King Institute of Preventive Medicine Micro-Biological Section reports 1909-11
Year: 1909
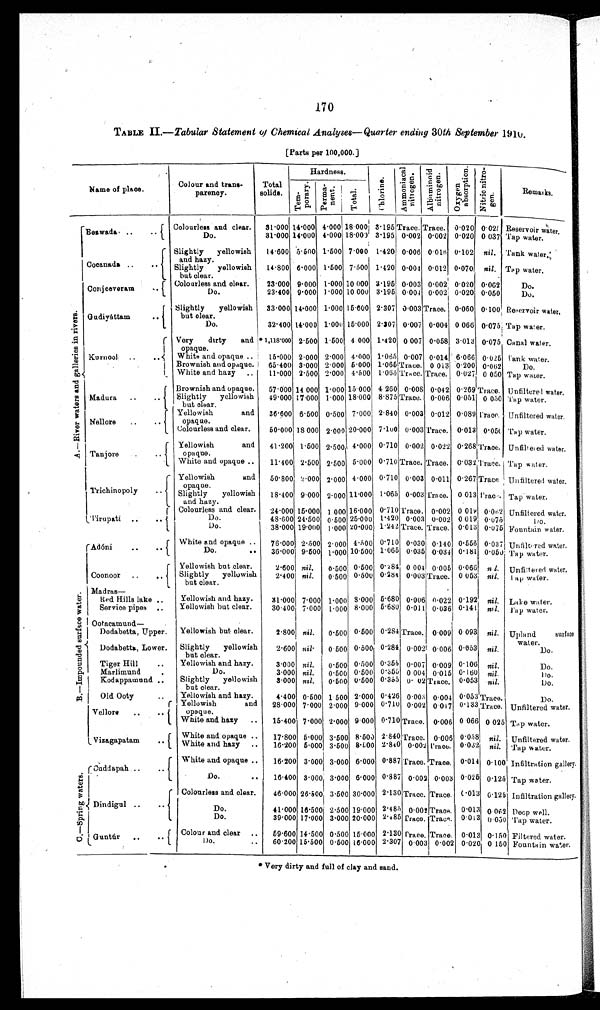
170
TABLE II- Tabular Statement of Chemical Analyses-Quarter ending 30th September 1910
[Parts per 100,000.]
N a m e o f p l a c e .
Colour and trans
parency.
Total solids.
Hardness.
Chl or i ne . Ammoni acal ni t rogen. Al bumi noi d ni trogen. Ox y g e n a b s o r p t i o n . Nitric nitrogen.
Remarks.
Tempor ar y.
Permanent.
Total.
A·-
Ri ver wat er s and gal l er i es i n r i ver s.
Beswada
Colourless and clear.
31·000 14·000 4·000 18·000 3·195 Tr
ace. Trace. 0·020 0·027 Reservoir water.
Do.
31·000 14·000 4·000 18·000 3·195 0·002 0·002 0·020 0·037
Tap water.
Cocanada
Slightly yellowish
and hazy.
14·600
5·500
1·500 7·000 1·420 0·006 0·016 0·102 nil. Tank water
Slightly yellowish
but clear.
14·800
6 · 0 0 0
1·500 7·500
1 · 4 2 0 0·00
4
0·012 0·070 nil. Tap water.
Conjeeveram
Colourless and clear.
23·000 9·000 1·000 10·000
3 · 1 9 5
0.003 0·002 0·020 0·062
Do.
Do
23·400 9·000 1·000 10·000 3·1950·004 0·002 0·020 0·050
Do.
Gudiyáttam
Slightly yellowish
but clear.
33·000 4·000 1·000 15·000 2·307 0·003 Trace 0·060 0·100 Reservoir water.
Do.
32·400 14·000 1·000 15·000 2·307 0·007 0·004 0·066 0·075 Tap water.
Kurnool
Very dirty and
opaque
* 1 , 1 1 8 · 0 0 02·500 1·500 4·000 1·420 0·007 0·058 3·013 0·075 Canal water.
White and opaque
15·000 2·000 2·000 4·000
1·065
0.007 0·014 6·066 0·025 Tank water.
Brownish and opaque.
65·400 3·000 2·000 5·000 1·065 Trace 0·013 0·200 0·062
Do.
White and hazy.
11·000 2·500 2·000 4·500 1·065 Trace Trace 0·027 0·050 Tap water.
Madura
Brownish and. opaque.
57·000 14·000 1·000 15·000 4·260 0·008 0·042 0·269 Trace Unfiltered water
Slightly yellowish
but clear.
49·000 17·000 1·000 18·000 8·875 Trace 0·006 0·051 0·050 Tap water.
Nellore
Yellowish and
opaque.
36·600 6·500 0·500 7·000 2·840 0·003 0·012 0·089
20·000
Unfiltered water.
Colourless and clear.
50·000 18·000 2·000 20·000 7·100 0·003
Trace
0·013 0·050 Tap water,
Tanjore
Yellowish and
opaque.
41·200 1·500 2·500 4·000 0·710 0·002 0·022 0·268 Trace Unfiltered water.
White and opaque
11·400 2·500 2·500 5·000 0·710 Trace Trace. 0·032 Trace Tap water.
Trichinopoly
Yellowish and
opaque.
50·800 2·000 2·000 4·000 0·710 0·003 0·011 0·267 Trace Unfiltered water.
Slightly yellowish
and hazy.
18·400 9·000 2·000 11·000 1·065 0·003 Trace. 0 013
Trace
Tap water.
Ti r upat i
Colourless and clear.
24·000 15·000 1·000 16·000 0·710 Trace. 0·002 0·018 0·062 Unfiltered water.
Do.
48·600 24·500 0·500 25·000 1·420 0·003 0.002 0·019 0·075
Do
Do.
38·000 19·000 1·000 20·000 1·242 Trace Trace. 0·013 0·075 Fountain water.
B·-
Impounded surface water.
Adόni
White and opaque.
76·000 2·500 2·000 4·500 0·710 0·030 0·140 0·556 0·037 Unfiltered water.
Do.
36·000 9·500 1·000 10·500 1·065 0·035 0.034 0·181 0·050 Tap water.
Coonoor
Yellowish but clear.
2·600 nil.
0·500 0·500 0·284 0·004 0·005 0·066 nil. Unfiltered water.
Slightly yellowish
but clear.
2·400 nil.
0·500 0·500 0·284 0·003 Trace. 0·053 nil. Tap water.
Madras -
Red Hills lake
Yellowish and hazy.
81·000 7·000 1·000 8·000 5·680 0·006 0·022 0·192 nil. Lake water.
Service pipes.
Yellowish but clear.
30·400 7·000 1·000 8·000 5·680 0·011 0·036 0·141 nil. Tap water.
Ootacamund-
Dodabetta, Upper.
Yellowish but clear.
2·800 nil.
0·500 0·500 0·284 Trace. 0·009 0·093 nil. Upland surface
water
Dodabetta, Lower.
Slightly yellowish
but clear.
2·600 nil
0·500 0·500 0·284 0·0021 0·006 0·053 nil.
Do.
Tiger Hill.
Yellowish and hazy.
3·000 nil.
0·500 0·500 0·355 0·007 0·009 0·106 nil.
Do.
Marlimund.
Do.
3·000 nil.
0·500 0·500 0·355 0·004 0·015 0·160 nil.
Do.
Kodappaamund.
Slightly yellowish
but clear.
3·000 nil.
0·500 0·500 0·355 0·02 Trace 0·053 nil.
Do.
Old Ooty.
Yellowish and hazy.
4·400 0·500 1·500 2·000 0·426 0·003 0·004 0·053 Trace
Do.
Vellore
Yellowish and
opaque.
28·000 7·000 2·000 9·000 0·710 0·002 0·01 7 0·133 Trace Unfiltered water.
White and hazy
15·400 7·000 2·000 9·000 0·710 Trace 0·006 0·066 0·025 Tap water.
Vizagapatam
White and opaque
17·800 5·000 3·500 8·500 2·840 Trace. 0·006 0·058 nil.
Unfiltered water.
White and hazy
16·200 5·000 3·500 8·100 2·840 0·002 Trace. 0·032 nil. Tap water.
Cuddapah
White and opaque
16·200 3·000 3·000 6·000 0·887 Trace. Trace. 0·014 0·100 Infiltration gallery.
C·-
S p r i n g w a t e r s .
Do.
16·400 3·000 3·000 6·000 0·887 0·002 0·003 0·025 0·125 Tap water.
Dindigul
Colourless and clear.
46·000 26·500 3·500 30·000 2·130 Trace. Trace 0·013 0·125 Infiltration gallery.
Do.
41·000 16·500 2·500 19·000 2·485 0·002 Trace. 0·013 0·062 Deep well.
Do.
39·000 17·000 3·000 20·000 2·485 Trace. Trace. 0·013 0·050 Tap water.
Guntur
Colour and clear.
59·600 14·500 0·500 15·000 2·130 Trace. Trace. 0·013 0·150 Filtered water.
Do.
60·200 15·500 0·500 16·000 2·307 0·003 0·002 0·020 0·150 Fountain water.
•
Very dirty and full of clay and sand.